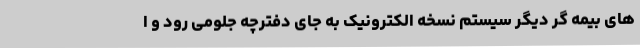
های بیمه گر دیگر سیستم نسخه الکترونیک به جای دفترچه جلومی رود و ا